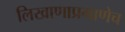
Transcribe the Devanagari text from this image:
लिखाणाप्रमाणेच